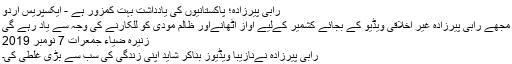
رابی پیرزادہ؛ پاکستانیوں کی یادداشت بہت کمزور ہے - ایکسپریس اردو
مجھے رابی پیرزادہ غیر اخلاقی ویڈیو کے بجائے کشمیر کےلیے آواز اٹھانےاور ظالم مودی کو للکارنے کی وجہ سے یاد رہے گی
زنیرہ ضیاء جمعرات 7 نومبر 2019
رابی پیرزادہ نےنازیبا ویڈیوز بناکر شاید اپنی زندگی کی سب سے بڑی غلطی کی۔